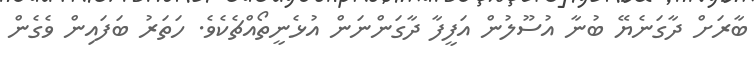
ބާރަށް ދާގަނެޔޭ ބުނާ އުސޫލުން އަފީފާ ދާގަންނަން އުޅެނީތޯއްޗެކެވެ. ހަތަރު ބަފައިން ވެގެން